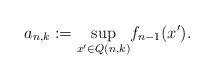
LaTeX: \begin{align*}a_{n,k} := \underset{x'\in Q\left(n,k\right)}{\sup} f_{n-1}(x').\end{align*}